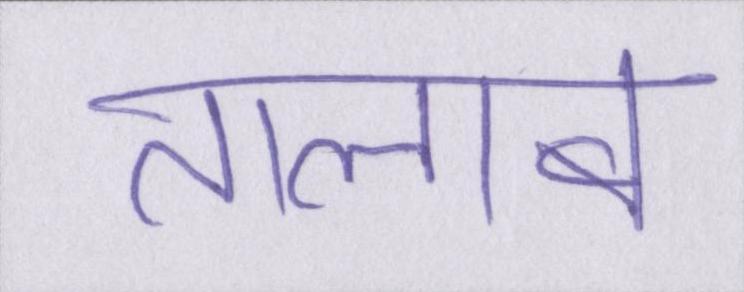
तालाब